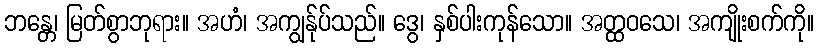
ဘန္တေ၊ မြတ်စွာဘုရား။ အဟံ၊ အကျွန်ုပ်သည်။ ဒွေ၊ နှစ်ပါးကုန်သော။ အတ္ထဝသေ၊ အကျိုးစက်ကို။